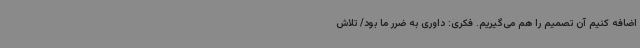
اضافه کنیم آن تصمیم را هم می‌گیریم. فکری: داوری به ضرر ما بود/ تلاش